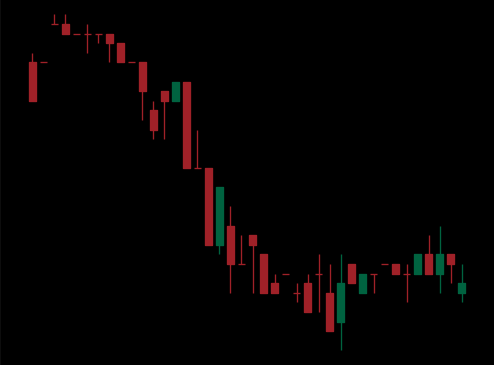
Pattern: bull_flag